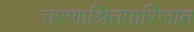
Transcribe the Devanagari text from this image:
चरणाश्रितपारिजात